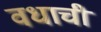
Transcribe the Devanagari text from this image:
वधाची